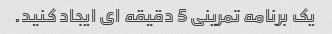
یک برنامه تمرینی 5 دقیقه ای ایجاد کنید.